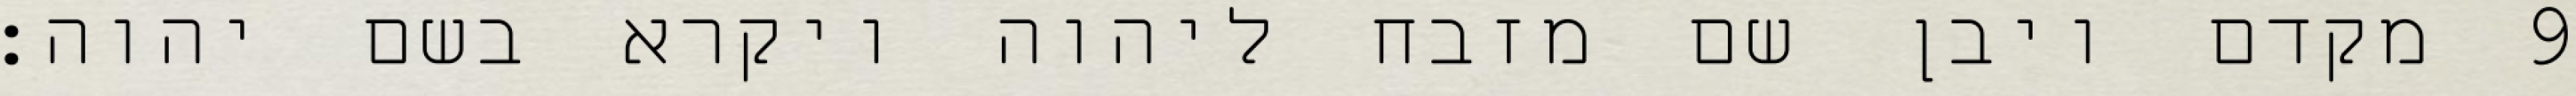
מקדם ויבן שם מזבח ליהוה ויקרא בשם יהוה׃ ‎9‏